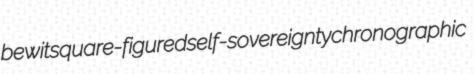
bewit square-figured self-sovereignty chronographic